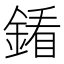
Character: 𨩢